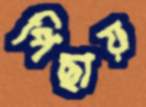
পিছায়